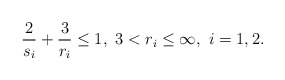
\begin{align*}\frac{2}{s_i}+\frac{3}{r_i} \le 1, \ 3<r_i \le \infty, \ i=1,2.\end{align*}